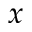
x